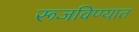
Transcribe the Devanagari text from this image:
रूजविण्यात